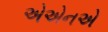
એએનએ